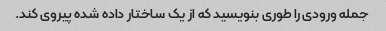
جمله ورودی را طوری بنویسید که از یک ساختار داده شده پیروی کند.